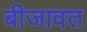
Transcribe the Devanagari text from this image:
बीजावत